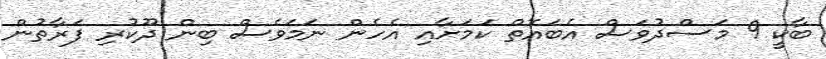
ބާކީ 9 މަސްދުވަސް އެބައޮތް ކަމަށާއި އެހެން ނަމަވެސް ބިން ދޫކުރި ފަރާތުން